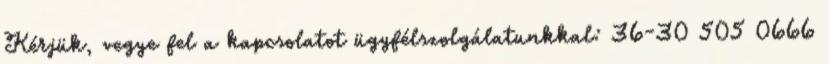
Kérjük, vegye fel a kapcsolatot ügyfélszolgálatunkkal: 36-30 505 0666